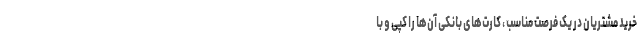
خرید مشتریان در یک فرصت مناسب ، کارت‌های بانکی آن‌ها را کپی و با